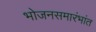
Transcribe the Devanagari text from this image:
भोजनसमारंभांत